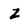
Character: Z